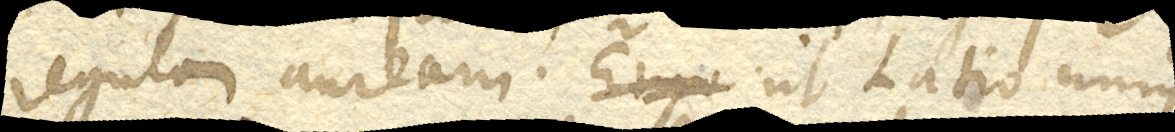
regulam auream. Ergo Ut Latio unius